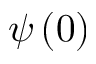
\psi \left( 0 \right)